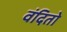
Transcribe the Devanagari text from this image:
वंदितो